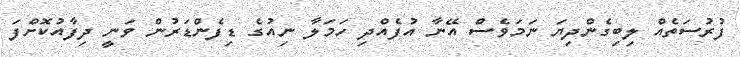
ފުރުސަތެއް ލިބިގެންދިޔަ ނަމަވެސް އޭނާ އުފެއްދި ހަމަލާ ނިއުގެ ޑިފެންޑަރުން ވަނީ ދިފާއުކޮށްފަ